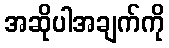
အဆိုပါအချက်ကို